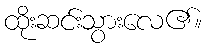
ထိုးဆင်းသွားလေ၏။